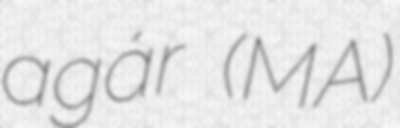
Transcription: agár (MA)